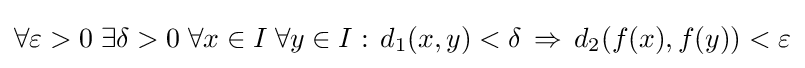
\forall \varepsilon >0\;\exists \delta >0\;\forall x\in I\;\forall y\in I:\,d_{1}(x,y)<\delta \,\Rightarrow \,d_{2}(f(x),f(y))<\varepsilon